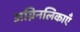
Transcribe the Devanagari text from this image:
अग्निनलिकाएँ